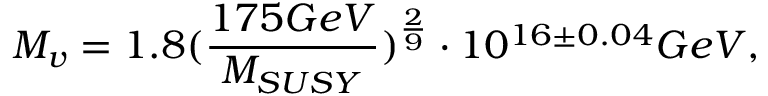
M _ { v } = 1 . 8 ( \frac { 1 7 5 G e V } { M _ { S U S Y } } ) ^ { \frac { 2 } { 9 } } \cdot 1 0 ^ { 1 6 \pm 0 . 0 4 } G e V ,